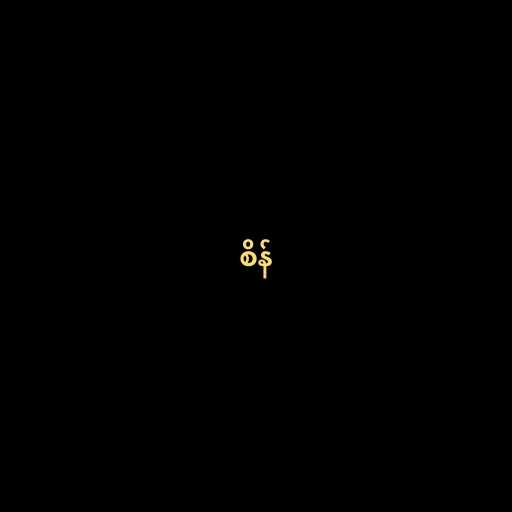
စိန်